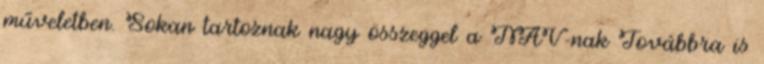
műveletben. Sokan tartoznak nagy összeggel a NAV-nak Továbbra is